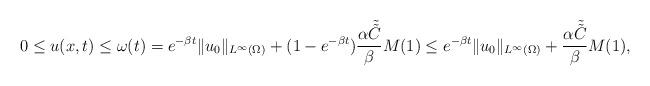
LaTeX: \begin{align*} 0\leq u(x,t) \leq \omega(t) = e^{-\beta t}\|u_0\|_{L^\infty(\Omega)} + (1-e^{-\beta t})\frac{\alpha \tilde{\tilde C} }{\beta} M(1) \leq e^{-\beta t}\|u_0\|_{L^\infty(\Omega)} + \frac{\alpha \tilde{\tilde C}}{\beta} M(1),\end{align*}